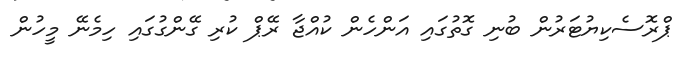
ޕްރޮސެކިޔުޓަރުން ބުނި ގޮތުގައި އަންހެން ކުއްޖާ ރޭޕް ކުރި ގޭންގުގައި ހިމެނޭ މީހުން